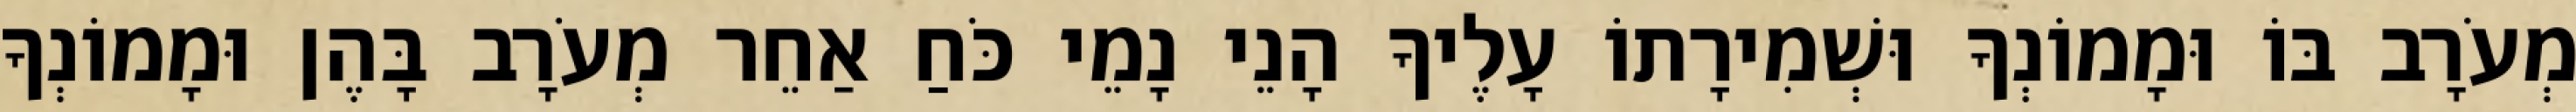
מְעֹרָב בּוֹ וּמָמוֹנְךָ וּשְׁמִירָתוֹ עָלֶיךָ הָנֵי נָמֵי כֹּחַ אַחֵר מְעֹרָב בָּהֶן וּמָמוֹנְךָ